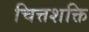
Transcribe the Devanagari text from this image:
चित्तशक्ति